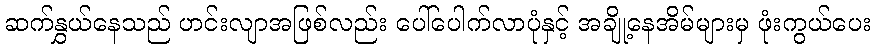
ဆက်နွှယ်နေသည် ဟင်းလျာအဖြစ်လည်း ပေါ်ပေါက်လာပုံနှင့် အချို့နေအိမ်များမှ ဖုံးကွယ်ပေး